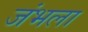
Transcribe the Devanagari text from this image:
जंभला